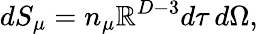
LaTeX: dS_{\mu}=n_{\mu}\mathbb{R}^{D-3}d\tau\, d\Omega,